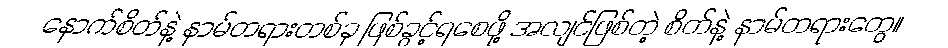
နောက်စိတ်နဲ့ နာမ်တရားတစ်ခု ဖြစ်ခွင့်ရစေဖို့ အလျင်ဖြစ်တဲ့ စိတ်နဲ့ နာမ်တရားတွေ။